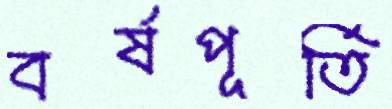
বর্ষপূর্তি